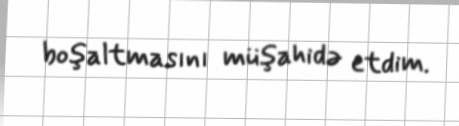
boşaltmasını müşahidə etdim.